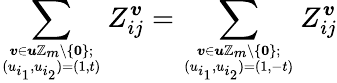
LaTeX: \sum_{\boldsymbol{v}\in\boldsymbol{u}\mathbb{Z}_{m}\setminus\{ \textbf{0}\} ;\atop(u_{i_{1}},u_{i_{2}})=(1,t)}Z_{ij}^{\boldsymbol{v}}=\sum_{\boldsymbol{v}\in\boldsymbol{u}\mathbb{Z}_{m}\setminus\{ \textbf{0}\} ;\atop(u_{i_{1}},u_{i_{2}})=(1,-t)}Z_{ij}^{\boldsymbol{v}}